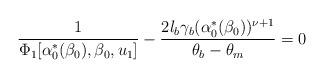
LaTeX: \begin{align*} \dfrac{1}{\Phi_1[\alpha_0^{*}(\beta_0),\beta_0, u_1]}-\dfrac{2l_b\gamma_b(\alpha^{*}_0(\beta_0))^{\nu+1}}{\theta_b-\theta_m}=0\end{align*}